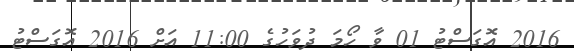
2016 އޮގަސްޓު 01 ވާ ހޯމަ ދުވަހުގެ 11:00 އަށް 2016 އޮގަސްޓު